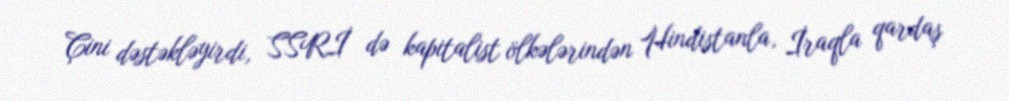
Çini dəstəkləyirdi, SSRİ də kapitalist ölkələrindən Hindistanla, İraqla qardaş